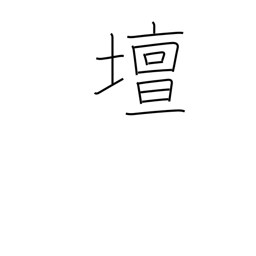
Meaning: rostrum